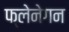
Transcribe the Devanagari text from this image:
फ्लेनेगन